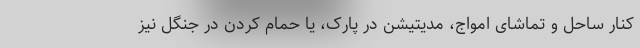
کنار ساحل و تماشای امواج، مدیتیشن در پارک، یا حمام کردن در جنگل نیز